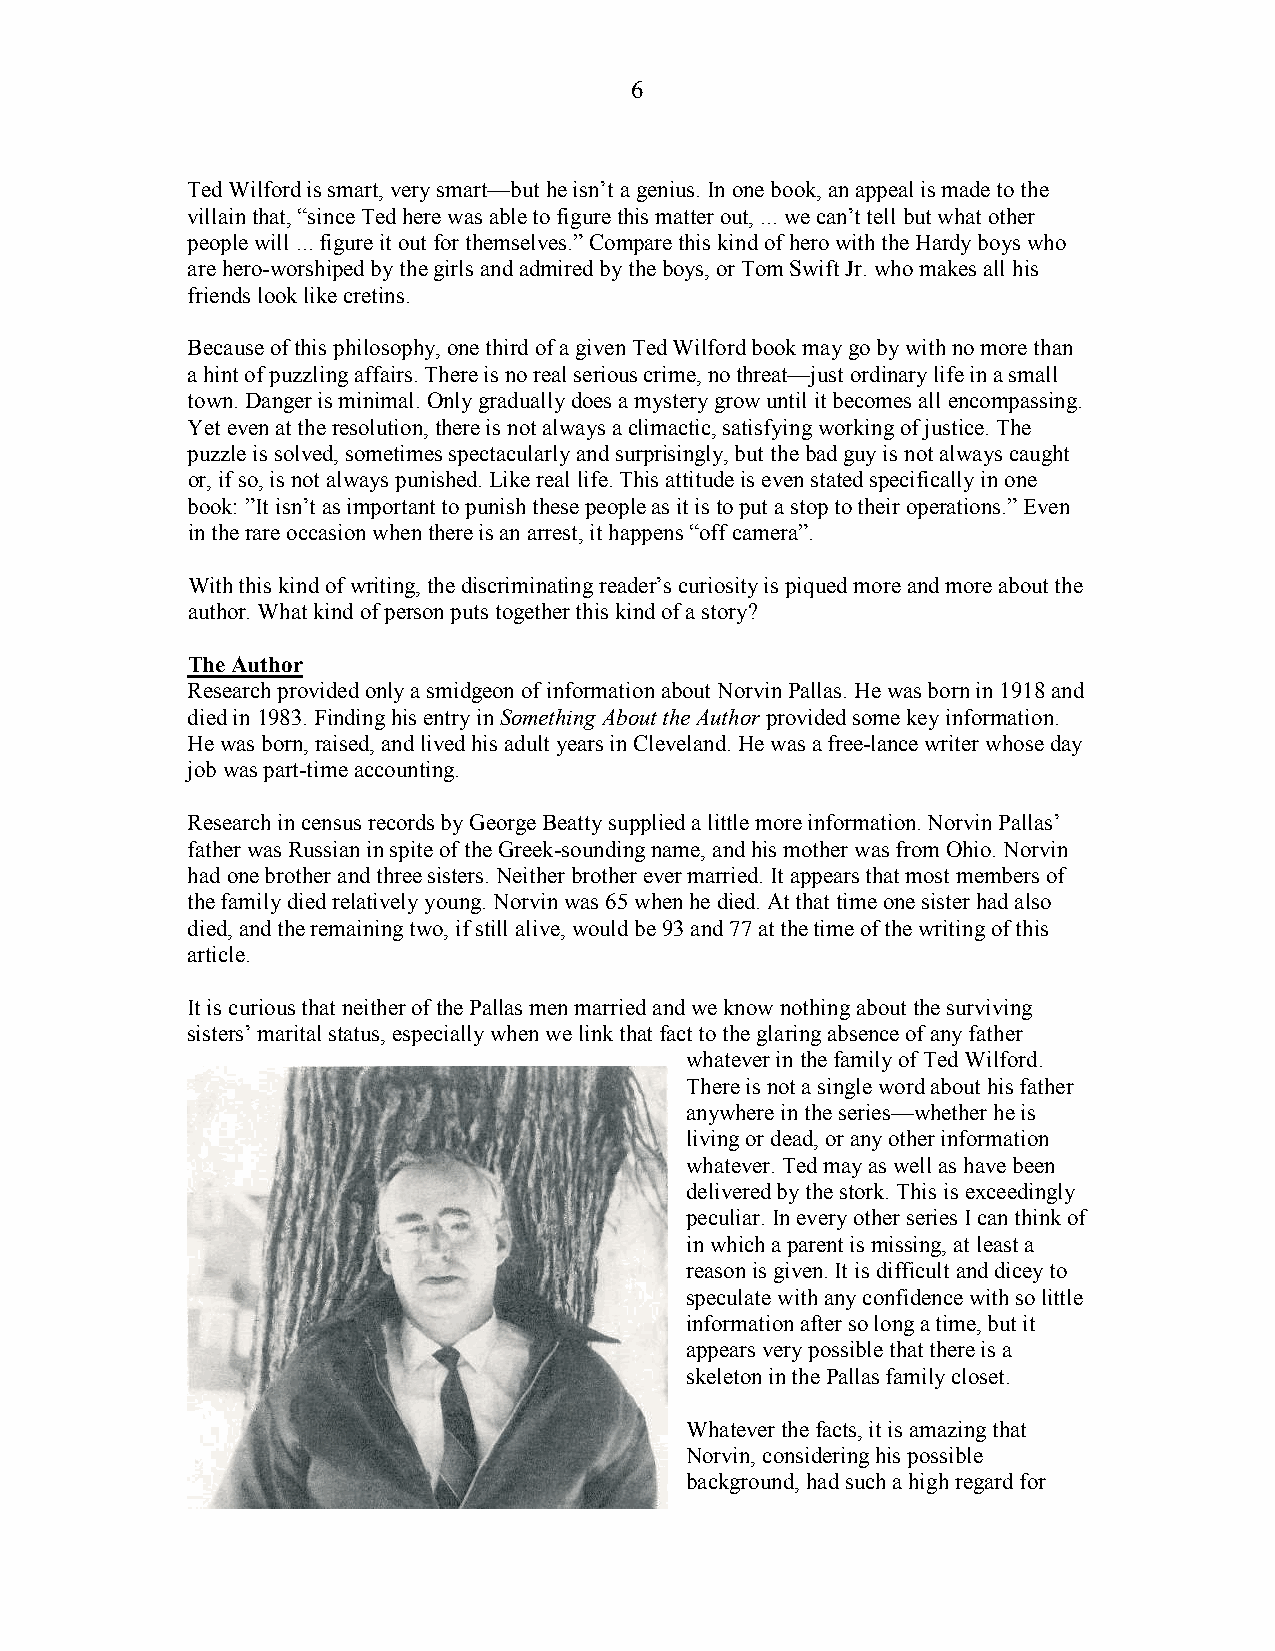
6
 Ted Wilford is smart, very smart—but he isn’t a genius. In one book, an appeal is made to the
 villain that, “since Ted here was able to figure this matter out, ... we can’t tell but what other
 people will ... figure it out for themselves.” Compare this kind of hero with the Hardy boys who
 are hero-worshiped by the girls and admired by the boys, or Tom Swift Jr. who makes all his
 friends look like cretins.
 Because of this philosophy, one third of a given Ted Wilford book may go by with no more than
 a hint of puzzling affairs. There is no real serious crime, no threat—just ordinary life in a small
 town. Danger is minimal. Only gradually does a mystery grow until it becomes all encompassing.
 Yet even at the resolution, there is not always a climactic, satisfying working of justice. The
 puzzle is solved, sometimes spectacularly and surprisingly, but the bad guy is not always caught
 or, if so, is not always punished. Like real life. This attitude is even stated specifically in one
 book: ”It isn’t as important to punish these people as it is to put a stop to their operations.” Even
 in the rare occasion when there is an arrest, it happens “off camera”.
 With this kind of writing, the discriminating reader’s curiosity is piqued more and more about the
 author. What kind of person puts together this kind of a story?
 The Author
 Research provided only a smidgeon of information about Norvin Pallas. He was born in 1918 and
 died in 1983. Finding his entry in Something About the Author provided some key information.
 He was born, raised, and lived his adult years in Cleveland. He was a free-lance writer whose day
 job was part-time accounting.
 Research in census records by George Beatty supplied a little more information. Norvin Pallas’
 father was Russian in spite of the Greek-sounding name, and his mother was from Ohio. Norvin
 had one brother and three sisters. Neither brother ever married. It appears that most members of
 the family died relatively young. Norvin was 65 when he died. At that time one sister had also
 died, and the remaining two, if still alive, would be 93 and 77 at the time of the writing of this
 article.
 It is curious that neither of the Pallas men married and we know nothing about the surviving
 sisters’ marital status, especially when we link that fact to the glaring absence of any father
 whatever in the family of Ted Wilford.
 There is not a single word about his father
 anywhere in the series—whether he is
 living or dead, or any other information
 whatever. Ted may as well as have been
 delivered by the stork. This is exceedingly
 peculiar. In every other series I can think of
 in which a parent is missing, at least a
 reason is given. It is difficult and dicey to
 speculate with any confidence with so little
 information after so long a time, but it
 appears very possible that there is a
 skeleton in the Pallas family closet.
 Whatever the facts, it is amazing that
 Norvin, considering his possible
 background, had such a high regard for